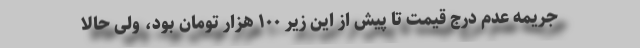
جریمه عدم درج قیمت تا پیش از این زیر ۱۰۰ هزار تومان بود، ولی حالا